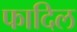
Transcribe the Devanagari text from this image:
फादिल